Vaccination in Bombay 1869-1873 - 1869-1873
Year: 1869
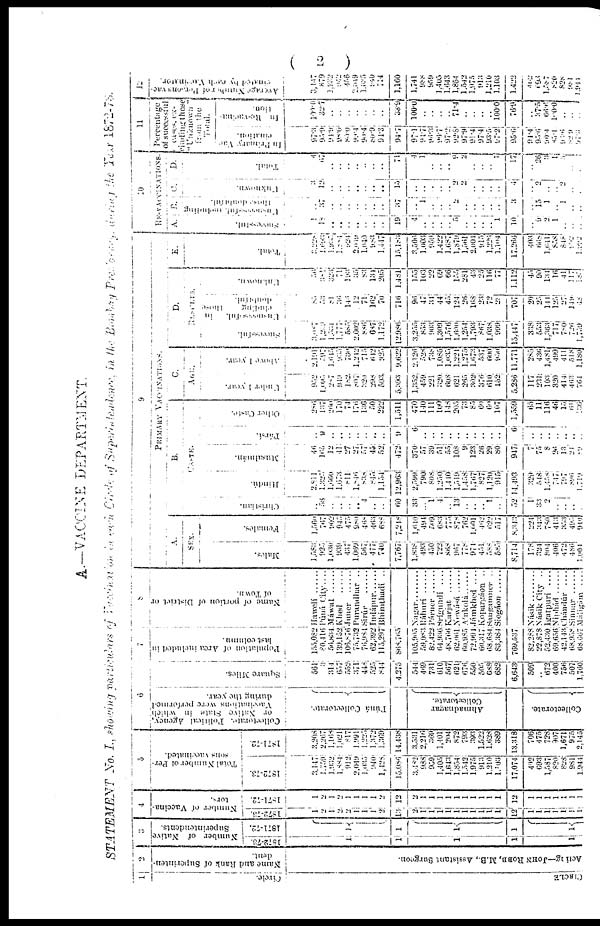
(
2
)
A.—VACCINE DEPARTMENT.
STATEMENT
No. I., showing particulars of Vaccination in each Circle of Superintendence, in the Bombay Precidency during the Year 1872-73.
1
Circle.
CIRCLE
2
Name and Rank of Superinten-
dent.
Acting—JOHN
ROBB, M.B., Assistant Surgeon.
3
Number of Native
Superintendents.
1872-73.
1
1
1
1
1
1871-72.
1
1
1
1
1
4
Number of Vaccina-
tors.
1872-73.
1
2
1
2
2
1
1
1
2
13
2
1
1
1
1
1
1
1
1
1
1
12
1
1
1
1
1
1 1
1871-72.
1
2 1
2
1
1
1
1
2
12
2
1
1 1
1
1
1
1
1
1 1
12
1
1
1
1
1
1
1
5
Total Number of Per¬
sons vaccinated.
1872-73.
3,147
1,759
1,932
1,884
912
2,049
1,035
940
1,428
15,086
3,482
988
959 1,405
1,643 1,854
1,542
1,975
913
1,210
1,103
17,074
402
693 1,587
820
828
981
1,944
1871-72.
3,208
2,267
1,165
1,021
817
1,991
1,225
1,372
1,369
14,438
3,531
2,216
369
1,401
204
872
793
393
1,522
1,628
389
13,318
706
475
728
907
1,671
975
2,145
6
Collectorate Political Agency,
or Native State in which
Vaccinations were performed
during the year.
Púná Collectorate.
Ahmadnagar
Collectorate.
Collectorate.
Square Miles.
561
3
314
657
552
371
448
525
844
4,275
544
469
731
610
567
624
676
550
505
688
682
6,643
509
.. 672
400
756
507
1,760
7
Population of Area included in
last column.
155,082
80,416
56,834
139,152
106,876
75,732
76,984
62,392
115,297
868,765
105,905
59,083
82,422
64,936
48,766
62,061
60,985
72,991
60,317
68,684
83,384
769,537
82,288
22,878
52,430
69,656
42,143
68,958
68,667
8
Name of portion of District or
of Town.
Hawelí
Púná
City....
Máwal
Khed
Juner ......
Purandhar
..
Sirúr ......
Indápur ......
Bhimthadí
..
Nagar
Ráhurí
Párner ......
Srígundí
....
Karjat
Newásá
A'nkolá ......
Jámkhed
....
Kopargáon ..
Sangamner ..
Siogáon ......
Násik
Násik City
..
Igatpurí
....
Niphád
Chándúr
....
Sinnar ......
Máligáon
....
9
PRIMARY
VACCINATIONS.
A.
SEX.
Males.
1,583
925
1,036
939
437
1,069
567
477
740
7,767
1,838
493
450
722
868
967
778
974
451
588
585
8,714
178
324
804
406
472
486
1,004
Females.
1,560
767
902
945
475
980
468
463
688
7,218
1,640
494
509
683
775
878
762
1,004
462
622
517
8,343
224
343
780
413
353
493
949
B.
CASTE.
Christian.
..
56
..
..
..
.. 4
..
..
60
33
... 1
4
.. 13
..
..
.. 1
..
52
1
33
2
..
..
..
..
Hindú.
2,811
1,325
1,660
1,673
811
1,846
838
843
1,154
12,963
2,599
790
808
1,250
1,440
1,519
1,458
1,767
827
1,120
915
14,493
329
548
1,458
747
797
896
1,719
Musalmán.
46
165
12
41
27
27
57
45
52
472
370
57
39
51
55
108
9
123
26
29
80
947
7
75
8
26
13
24
89
Pársí.
..
9
..
..
..
..
..
..
..
9
6
..
..
..
..
..
..
..
..
..
..
6
..
..
..
..
..
..
..
Other Caste.
286
137
260 170
74
176
136
50
222
1,511
470
140
111
100
148
205
73
85
60
60
107
1,559
65
11
116
46
15
61
236
C.
AGE.
Under
1 year.
952
1,095
287
949
182
807
320
298
503
5,393
1,352
459
221
320
608
621
265
302
376
610
152
5,286
117
234
103
320
414
463
764
Above
1 year.
2,191
797
1,615
935 730
1,242
715
642
925
9,622
2,126
528
738
1,085
1,035
1,221
1,275
1,673
537
600 950
11,771
285
436
1,481
499
411
518
1,180
D.
RESULTS.
Successful.
3,087
1,229
1,531
1,777
585
2,002
886
687
1,172
12,986
3,255
853
903
1,309
1,576
1,690
1,254
1,793
867
1,038
999
15,447
338
553
1,363
717
780
726
1,739
Unsuccessful in-
cluding those
doubtful.
83
53 81
36
146
12
71
162
70
716
96
47
34
44
45
124
26
168
23
72
28
707
20
25
141
125
27
149
48
Unknown.
56
381
323
71
193
35
83
134
205
1,481
155
103
22
69
66
155
281
43
25
116
77
1,112
45
90
134
16
41
117 187
E.
Total.
3,228
1,616
1,937
1,884
924
2,049
1,040
983
1,447
15,183
3,506
1,003
959
1,422
1,687
1,879
1,561
2,004
915
1,226
1,104
17,266
403
668
1,641
858
848
102
1,992
10
RE-VACCINATIONS.
A.
Successful.
1
18
..
..
..
..
..
..
..
19
4
..
..
..
.. 5
..
..
..
.. 1
10
..
9 2
1
..
..
..
B.
Unsuccessful
including
those
doubtful.
..
37
..
..
..
..
.. ..
..
37
..
1
..
..
.. 2
..
..
..
..
..
3
..
15
1
.. 1
..
..
C.
Unknown.
3
12
..
..
..
..
..
..
..
15
..
..
..
..
.. 2
2
..
..
..
..
4
..
2
..
.. 2
..
..
D.
Total.
4
67
..
..
..
..
..
..
..
71
4
1
..
..
..
9 2
..
..
.. 1
17
..
26
3 1
3 ..
..
11
Percentage
of successful
cases, ex-
cluding those
"Unknown"
from
the
Total.
In Primary Vac-
cination.
97.3
93.9
94.9
98.0
80.0
99.4
90.4
80.9
94.3
94.7
97.1
91.7
96.3 96.7
97.2
92.8
97.9
91.4
97.4
93.5
97.2
95.6
94.4
95.6
90.4
83.1
93.6
82.9
97.3
In
Re-vaccina-
tion.
100.0
32.7
..
..
..
..
..
.. ..
33.9
100.0
..
..
..
.. 71.4
..
..
..
.. 100.0
76.9
..
37.5
66.6
100.0
..
..
..
12
Average Number of Persons vac-
cinated
by
each
Vaccinator.
3,147
879
1,932
362
456
2,049
1,035
940
714
1,160
1,741
988
959
1,405
1,643
1,854
1,542
1,975
913
1,210
1,103
1,422
402
698
1,587
820
828
981
1,941